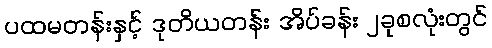
ပထမတန်းနှင့် ဒုတိယတန်း အိပ်ခန်း ၂ခုစလုံးတွင်